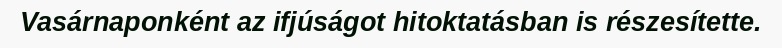
Vasárnaponként az ifjúságot hitoktatásban is részesítette.